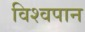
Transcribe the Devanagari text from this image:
विश्वपान